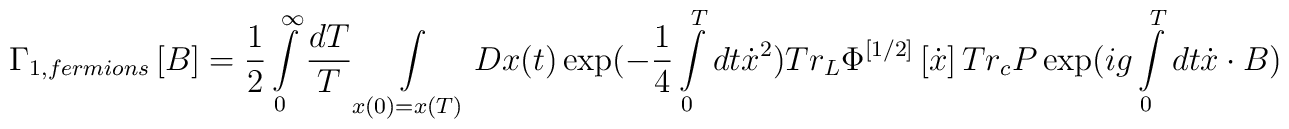
\Gamma _{1,fermions} \left[ B \right] = \frac{1}{2}\int\limits_0^\infty  {\frac{{dT}}{T}} \int\limits_{x(0) = x(T)} {Dx(t)\exp ( - \frac{1}{4}} \int\limits_0^T {dt\dot x^2 } )Tr_L \Phi ^{\left[ {1/2} \right]} \left[ {\dot x} \right]Tr_c P\exp (ig\int\limits_0^T {dt\dot x \cdot B)}